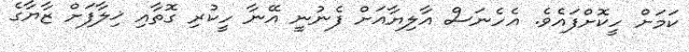
ކަމަށް ހީކޮށްފައެވެ. އެހެނަސް އާލިޔާއަށް ފެނުނީ އޭނާ ހީކުރި ގޮތާއި ޚިލާފަށް ޒާޔާގެ